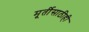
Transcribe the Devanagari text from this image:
मूर्तीसाठीही